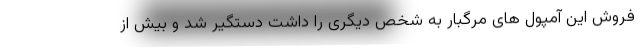
فروش این آمپول های مرگبار به شخص دیگری را داشت دستگیر شد و بیش از